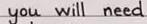
you will need